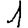
Digit: 1